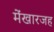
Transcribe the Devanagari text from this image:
मेंखारजह